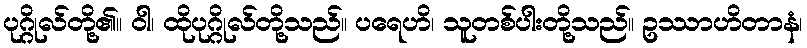
ပုဂ္ဂိုလ်တို့၏။ ဝါ၊ ထိုပုဂ္ဂိုလ်တို့သည်။ ပရေဟိ၊ သူတစ်ပါးတို့သည်။ ဥဿာဟိတာနံ၊